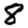
Digit: 8